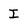
Character: I